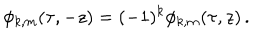
\phi _ { k , m } ( \tau , - z ) = ( - 1 ) ^ { k } \phi _ { k , m } ( \tau , z ) \, .